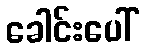
ခေါင်းပေါ်